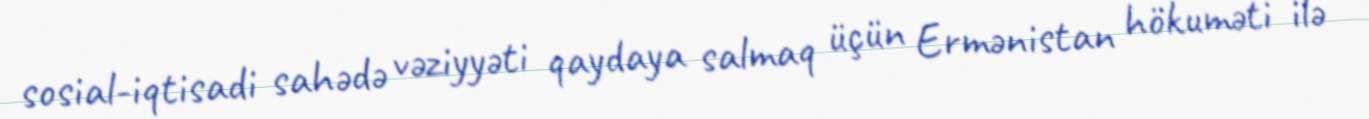
sosial-iqtisadi sahədə vəziyyəti qaydaya salmaq üçün Ermənistan hökuməti ilə